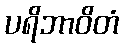
ပရိဘာဝိတံ